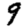
Digit: 9